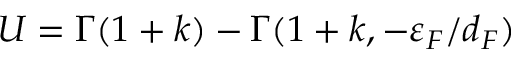
U = \Gamma ( 1 + k ) - \Gamma ( 1 + k , - \varepsilon _ { F } / { d _ { F } } )